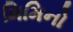
મિમિનો